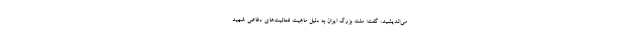
می‌اندیشید، گفت: ملت بزرگ ایران به دلیل ماهیت فعالیت‌های دفاعی شهید